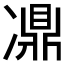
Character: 𠘋